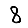
Digit: 8